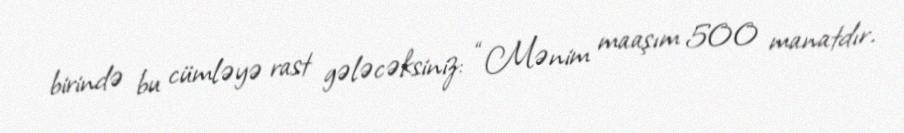
birində bu cümləyə rast gələcəksiniz: “Mənim maaşım 500 manatdır.